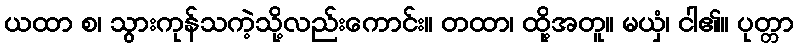
ယထာ စ၊ သွားကုန်သကဲ့သို့လည်းကောင်း။ တထာ၊ ထို့အတူ။ မယှံ၊ ငါ၏။ ပုတ္တာ